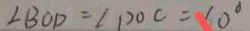
\angle B O D = \angle D O C = 1 0 ^ { \circ }